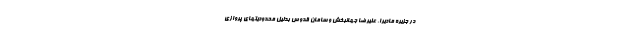
در جزیره مادیرا، علیرضا جهانبخش و سامان قدوس بدلیل محدودیتهاى پروازى